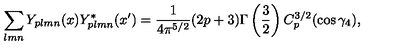
\sum _ { l m n } Y _ { p l m n } ( x ) Y _ { p l m n } ^ { * } ( x ^ { \prime } ) = \frac { 1 } { 4 \pi ^ { 5 / 2 } } ( 2 p + 3 ) \Gamma \left( \frac { 3 } { 2 } \right) C _ { p } ^ { 3 / 2 } ( \cos \gamma _ { 4 } ) ,